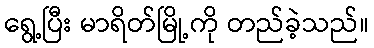
ရွေ့ပြီး မာရိတ်မြို့ကို တည်ခဲ့သည်။